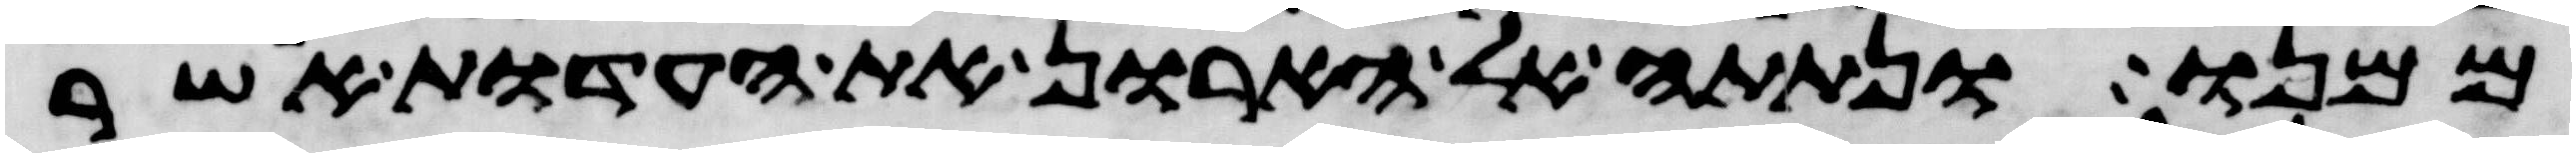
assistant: ממנו ונתתה אל הארון את העדות אשר